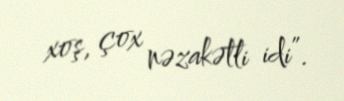
xoş, çox nəzakətli idi”.